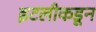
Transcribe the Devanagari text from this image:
इटलीकडून